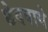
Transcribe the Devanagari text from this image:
छेदवाये